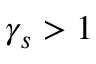
\gamma _ { s } > 1